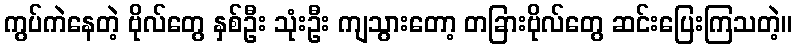
ကွပ်ကဲနေတဲ့ ဗိုလ်တွေ နှစ်ဦး သုံးဦး ကျသွားတော့ တခြားဗိုလ်တွေ ဆင်းပြေးကြသတဲ့။